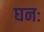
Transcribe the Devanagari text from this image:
घनः